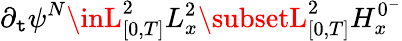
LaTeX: \partial_{\mathtt{t}}\psi^{N}\inL_{[0,T]}^{2}L_{x}^{2}\subsetL_{[0,T]}^{2}H_{x}^{0^{-}}